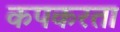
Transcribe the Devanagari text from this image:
कपकरता